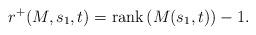
LaTeX: \begin{align*}r^+(M,s_1,t) = \mathrm{rank}\left( M(s_1,t) \right) - 1.\end{align*}